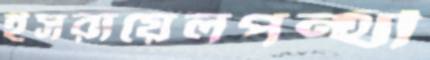
ইসরায়েলপন্থী